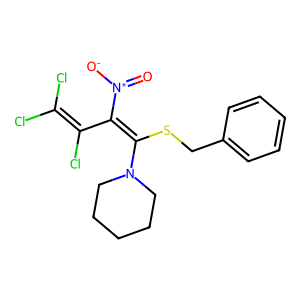
SMILES: O=[N+]([O-])C(C(Cl)=C(Cl)Cl)=C(SCc1ccccc1)N1CCCCC1
Inhibits HIV replication: No